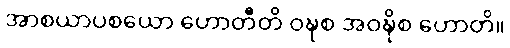
အာစယာပစယော ဟောတီတိ ဝဍ္ဎစ အဝဍ္ဎိစ ဟောတိ။